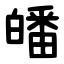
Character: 皤